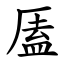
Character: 㕎